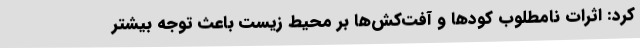
کرد: اثرات نامطلوب کودها و آفت‌کش‌ها بر محیط زیست باعث توجه بیشتر